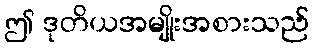
ဤ ဒုတိယအမျိုးအစားသည်